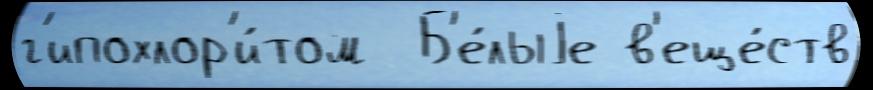
г'ипохлор'и́том  Б'е́лыjе в'еще́ств